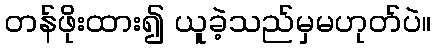
တန်ဖိုးထား၍ ယူခဲ့သည်မှမဟုတ်ပဲ။